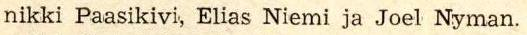
nikki Paasikivi, Elias Niemi ja Joel Nyman.